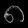
Digit: ၈